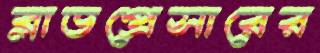
ব্লাডপ্রেসারের